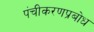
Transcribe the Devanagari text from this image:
पंचीकरणप्रबोध